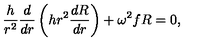
{ \frac { h } { r ^ { 2 } } } { \frac { d } { d r } } \left( h r ^ { 2 } { \frac { d R } { d r } } \right) + \omega ^ { 2 } f R = 0 ,